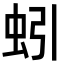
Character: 蚓